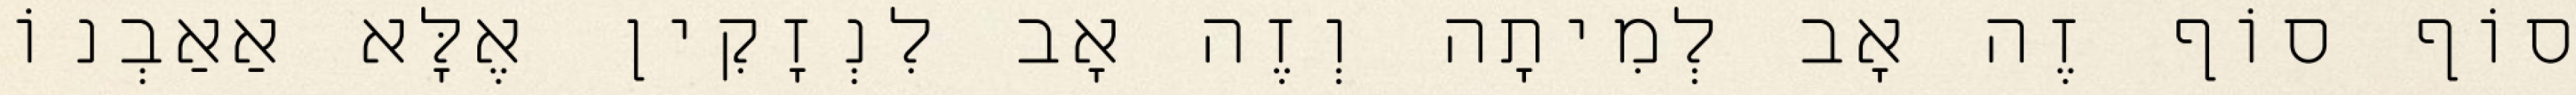
סוֹף סוֹף זֶה אָב לְמִיתָה וְזֶה אָב לִנְזָקִין אֶלָּא אַאַבְנוֹ